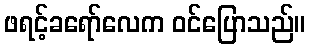
ဖရင့်ခရော်လေက ဝင်ပြောသည်။